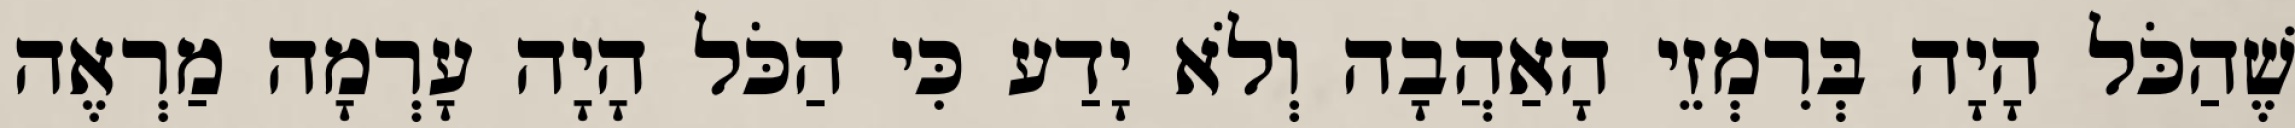
שֶׁהַכֹּל הָיָה בְּרִמְזֵי הָאַהֲבָה וְלֹא יָדַע כִּי הַכֹּל הָיָה עָרְמָה מַרְאֶה